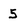
Character: 5